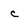
Character: C